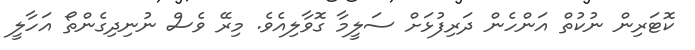
ކޮޓަރިން ނުކުތް އަންހެން ދަރިފުޅަށް ސަލީމާ ގޮވާލިއެވެ. މިރޭ ވެސް ނުނިދިގެންތޯ އަހާލީ